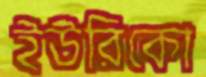
ইউরিকো